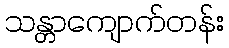
သန္တာကျောက်တန်း